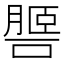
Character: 𦟧